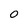
Character: 0